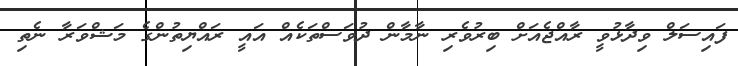
ފައިސަލް ވިދާޅުވީ ރާއްޖެއަށް ބިރުވެރި ނާމާން ދުވަސްތަކެއް އައީ ރައްޔިތުންގެ މަޝްވަރާ ނެތި